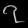
Digit: ၇